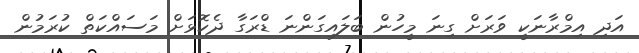
އަދި އިމްރާނަކީ ވަރަށް ގިނަ މީހުން ބަލައިގަންނަ ޑްރަގާ ދެކޮޅަށް މަސައްކަތް ކުރަމުން